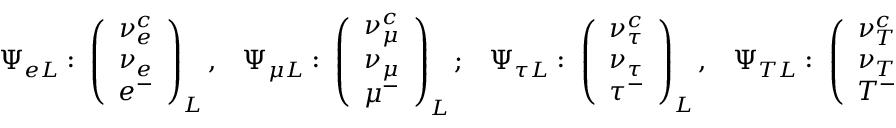
\begin{array} { c c c c } { { \Psi _ { e L } : \; \left( \begin{array} { c } { { \nu _ { e } ^ { c } } } \\ { { \nu _ { e } } } \\ { { e ^ { - } } } \end{array} \right) _ { L } , } } & { { \Psi _ { \mu L } : \; \left( \begin{array} { c } { { \nu _ { \mu } ^ { c } } } \\ { { \nu _ { \mu } } } \\ { { \mu ^ { - } } } \end{array} \right) _ { L } ; } } & { { \Psi _ { \tau L } : \; \left( \begin{array} { c } { { \nu _ { \tau } ^ { c } } } \\ { { \nu _ { \tau } } } \\ { { \tau ^ { - } } } \end{array} \right) _ { L } , } } & { { \Psi _ { T L } : \; \left( \begin{array} { c } { { \nu _ { T } ^ { c } } } \\ { { \nu _ { T } } } \\ { { T ^ { - } } } \end{array} \right) _ { L } , } } \end{array}